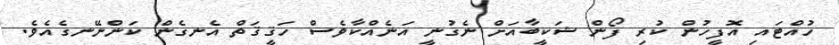
ހުއްޓައި އޮފީހުން ކުރި ފޯން ޝަކީބާއަށް ނެގުނީ އަނެއްކާވެސް ހަޤީޤަތް އެނގެން ކަންނޭނގެއެވެ.